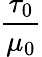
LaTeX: \frac{\tau_{0}}{\mu_{0}}